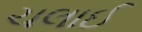
ચલાઈ